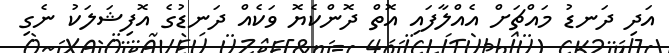
އަދި ދަނޑު މައްޗަށް އެއްލާފައި އޮތް ދޮންކެޔޮ ވަކެއް ދަނޑުގެ އޮފިޝަލަކު ނެގި